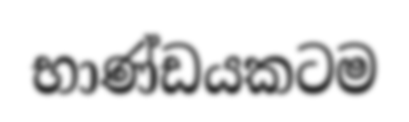
භාණ්ඩයකටම